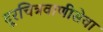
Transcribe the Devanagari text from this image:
दूरचित्रवाणीसेवा